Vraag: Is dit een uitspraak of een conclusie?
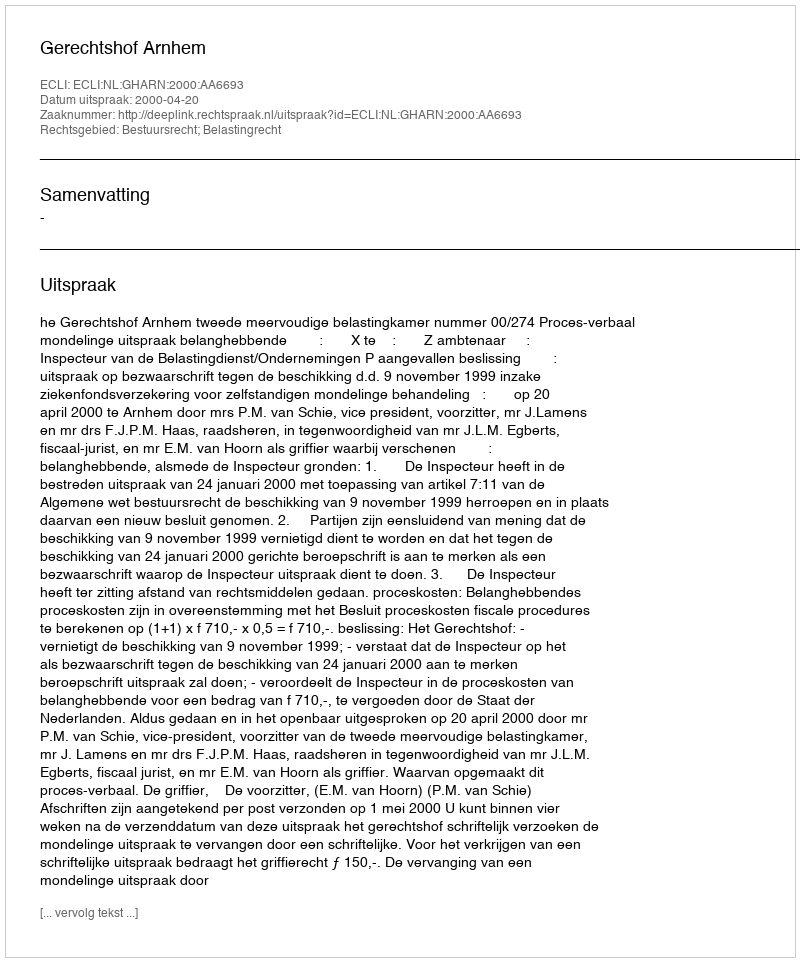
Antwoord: Uitspraak